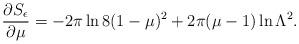
LaTeX: \begin{align*}\frac{\partial S_\epsilon}{\partial \mu} = -2\pi \ln8(1-\mu)^2 + 2\pi(\mu-1)\ln\Lambda^2.\end{align*}